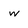
Character: w